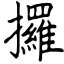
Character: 攞